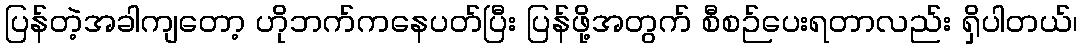
ပြန်တဲ့အခါကျတော့ ဟိုဘက်ကနေပတ်ပြီး ပြန်ဖို့အတွက် စီစဉ်ပေးရတာလည်း ရှိပါတယ်၊